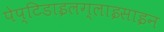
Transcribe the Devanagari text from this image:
पेप्टिडाइलग्लाइसाइन